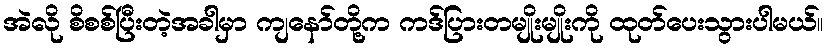
အဲလို စိစစ်ပြီးတဲ့အခါမှာ ကျနော်တို့က ကဒ်ပြားတမျိုးမျိုးကို ထုတ်ပေးသွားပါမယ်။